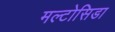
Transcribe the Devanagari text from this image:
मल्टोसिडा